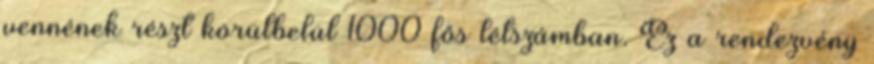
vennének részt körülbelül 1000 fős létszámban. Ez a rendezvény